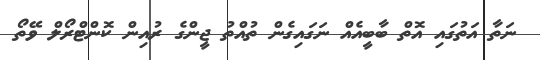
ނަތާ އަތުގައި އޮތް ބާބީއެއް ނަގައިގެން ތުއްތު ޖީންގެ ރުއިން ކޮންޓްރޯލް ވޭތޯ